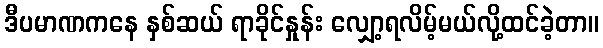
ဒီပမာဏကနေ နှစ်ဆယ် ရာခိုင်နှုန်း လျှော့ရလိမ့်မယ်လို့ထင်ခဲ့တာ။